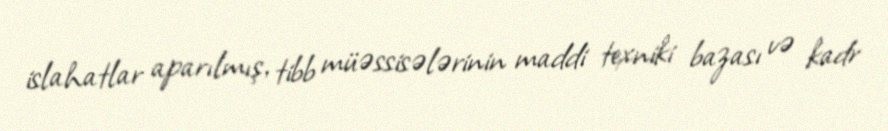
islahatlar aparılmış, tibb müəssisələrinin maddi texniki bazası və kadr